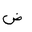
Letter: _dad